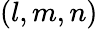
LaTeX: (l,m,n)